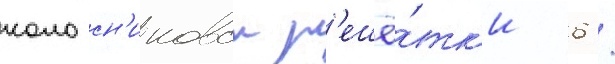
колосн'иковои р'ешё́тк'и 6 /